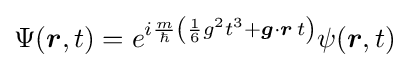
\Psi ({\boldsymbol {r}},t)=e^{i{\frac {m}{\hbar }}\left({\frac {1}{6}}g^{2}t^{3}+{\boldsymbol {g}}\cdot {\boldsymbol {r}}\,t\right)}\psi ({\boldsymbol {r}},t)